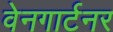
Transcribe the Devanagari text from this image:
वेनगार्टनर